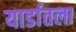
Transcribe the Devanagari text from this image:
यार्डातला